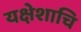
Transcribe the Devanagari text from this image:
यक्षेशाचि